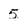
Character: 5